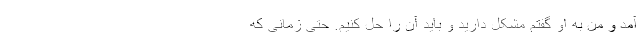
آمد و من به او گفتم مشکل دارید و باید آن را حل کنیم. حتی زمانی که